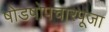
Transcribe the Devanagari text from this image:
षोडषोपचारपूजा